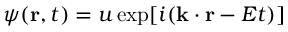
\psi ( \mathbf { r } , t ) = u \exp [ i ( \mathbf { k } \cdot \mathbf { r } - E t ) ]